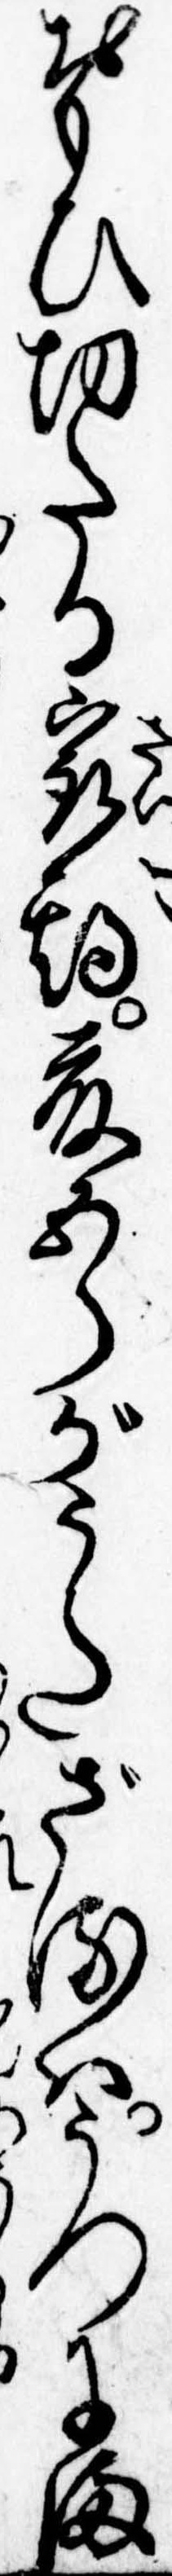
おもひ切たる最期藤五郎がうたざるはうつにま